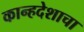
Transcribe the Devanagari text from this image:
कान्हदेशाचा